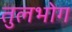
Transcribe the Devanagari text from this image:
तुलभोग